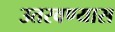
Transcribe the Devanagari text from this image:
उतरवण्यास